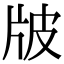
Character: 𤖷